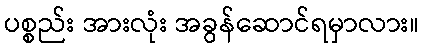
ပစ္စည်း အားလုံး အခွန်ဆောင်ရမှာလား။